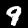
Label: 9